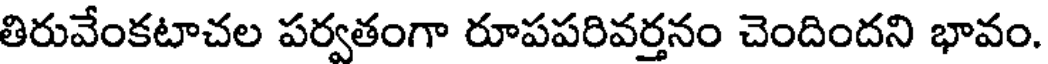
తిరువేంకటాచల పర్వతంగా రూపపరివర్తనం చెందిందని భావం